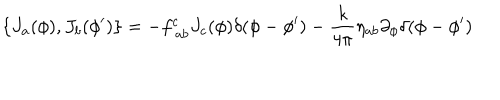
\{ J _ { a } ( \phi ) , J _ { b } ( \phi ^ { \prime } ) \} = - f _ { ~ a b } ^ { c } J _ { c } ( \phi ) \delta ( \phi - \phi ^ { \prime } ) - \frac { k } { 4 \pi } \eta _ { a b } \partial _ { \phi } \delta ( \phi - \phi ^ { \prime } )